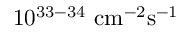
1 0 ^ { 3 3 - 3 4 } ~ \mathrm { { c m } ^ { - 2 } \mathrm { { s } ^ { - 1 } } }